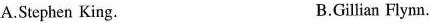
A.Stephen King. B.Gillian Flynn.